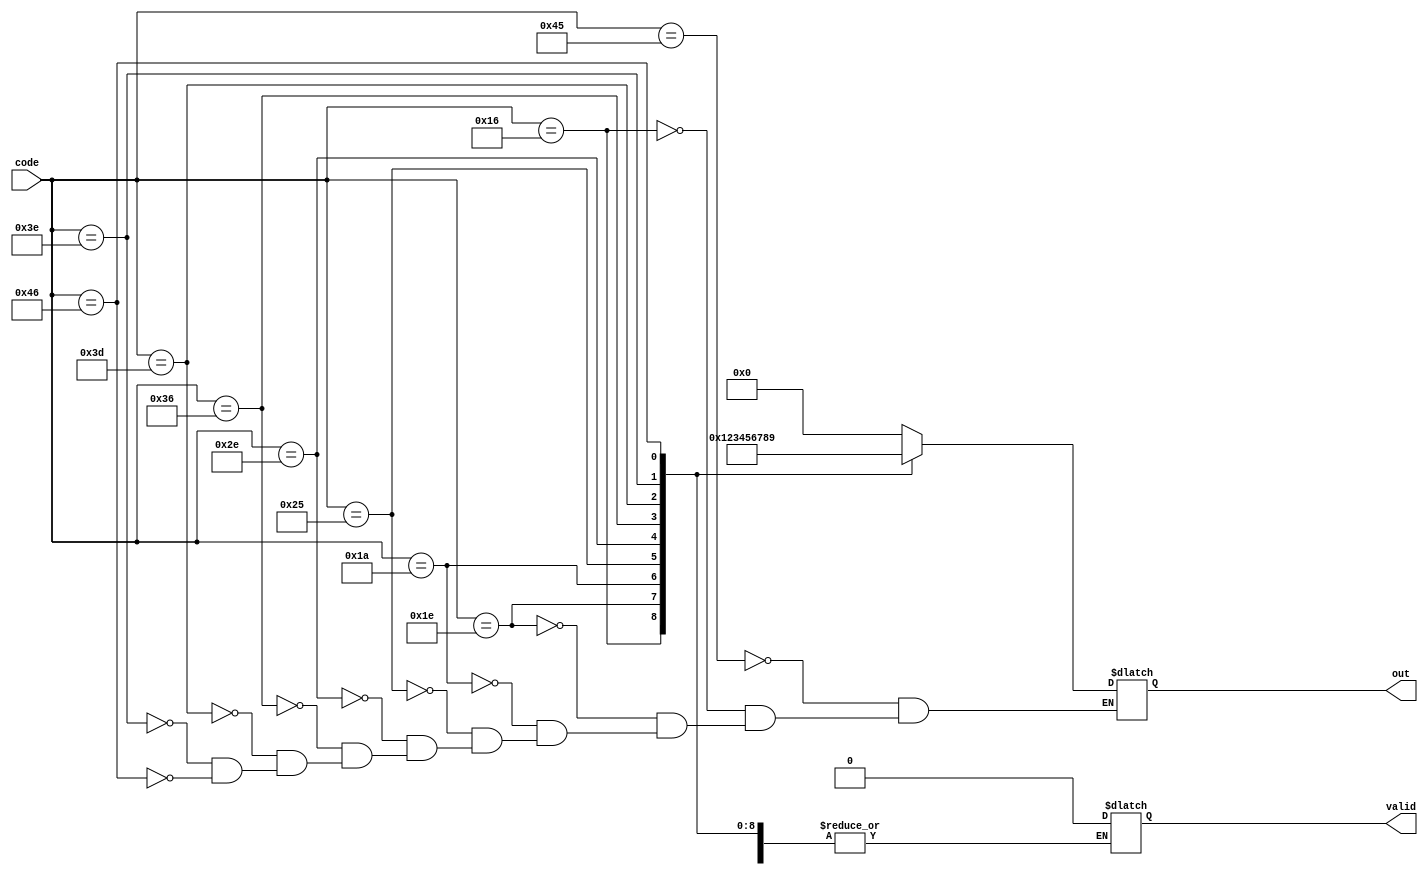
module top_module (
    input [7:0] code,
    output reg [3:0] out,
    output reg valid=1 );//

     always @(*)
        case (code)
            8'h45: out = 0;
            8'h16: out = 1;
            8'h1e: out = 2;
            8'd26: out = 3;
            8'h25: out = 4;
            8'h2e: out = 5;
            8'h36: out = 6;
            8'h3d: out = 7;
            8'h3e: out = 8;
            8'h46: out = 9;
            default: valid = 0;
        endcase

endmodule